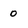
Character: o